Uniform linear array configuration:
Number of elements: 64
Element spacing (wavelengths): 0.5
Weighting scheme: cosine
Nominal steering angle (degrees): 15
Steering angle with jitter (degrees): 14.6
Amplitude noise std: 0.05
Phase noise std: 0.05

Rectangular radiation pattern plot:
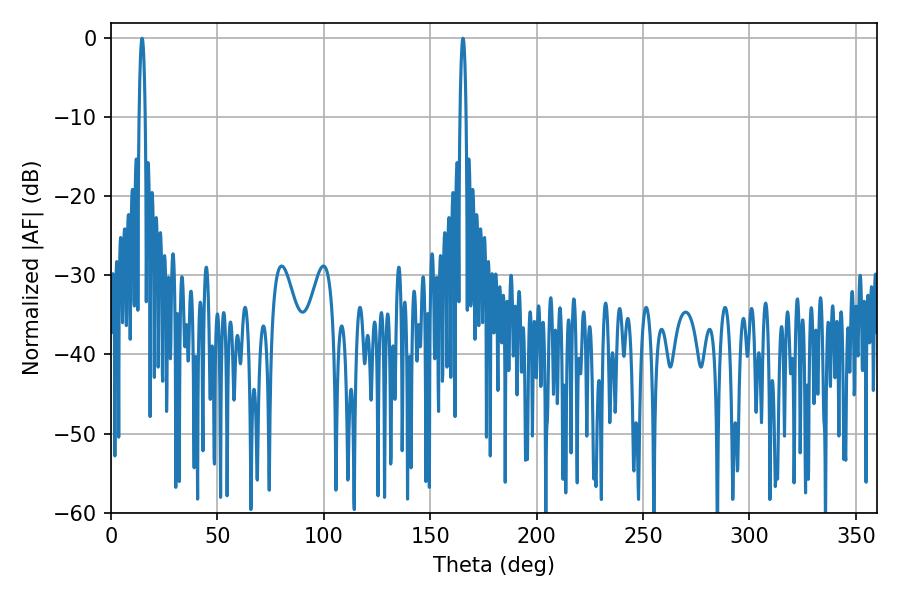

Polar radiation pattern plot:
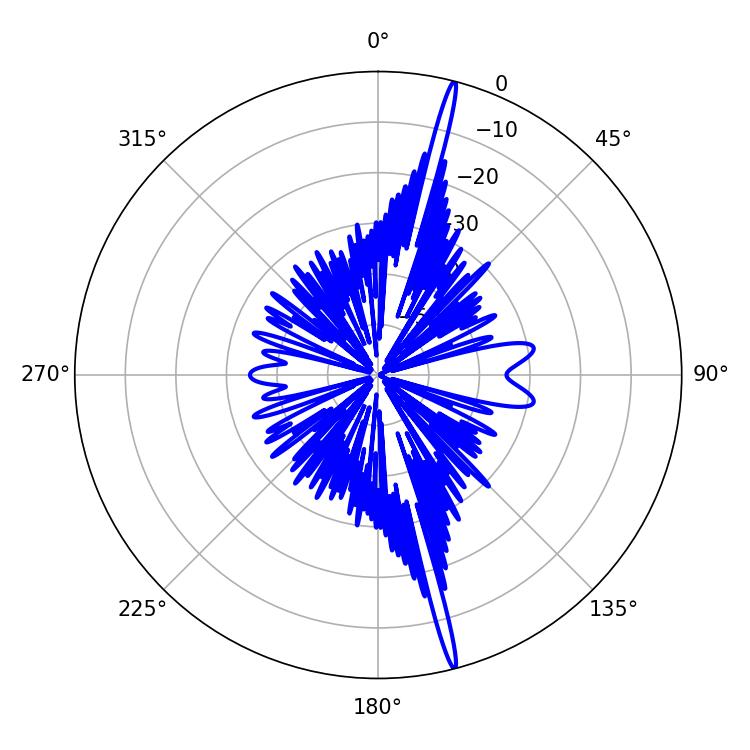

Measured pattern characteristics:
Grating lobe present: FALSE
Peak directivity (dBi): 20.794
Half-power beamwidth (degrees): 1.44
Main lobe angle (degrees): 14.58